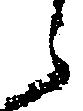
之